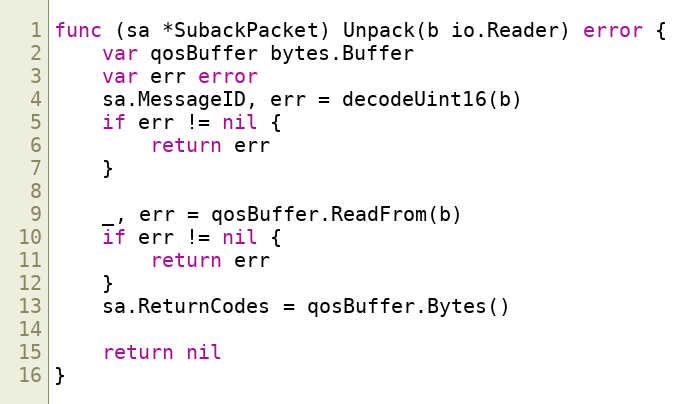
Language: Go
func (sa *SubackPacket) Unpack(b io.Reader) error {
	var qosBuffer bytes.Buffer
	var err error
	sa.MessageID, err = decodeUint16(b)
	if err != nil {
		return err
	}

	_, err = qosBuffer.ReadFrom(b)
	if err != nil {
		return err
	}
	sa.ReturnCodes = qosBuffer.Bytes()

	return nil
}